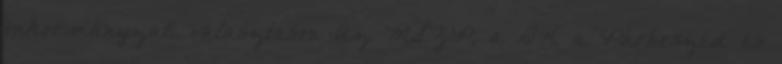
önkormányzati választáson Az MSZP, a DK, a Párbeszéd és